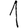
Digit: 1